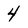
Character: 4